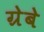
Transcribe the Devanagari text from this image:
ग्रेबे